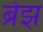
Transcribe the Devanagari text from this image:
ब्रेझ